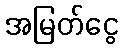
အမြတ်ငွေ